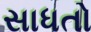
સાધતો